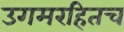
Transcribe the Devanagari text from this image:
उगमरहितच